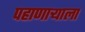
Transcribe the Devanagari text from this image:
पहाणाऱ्याला